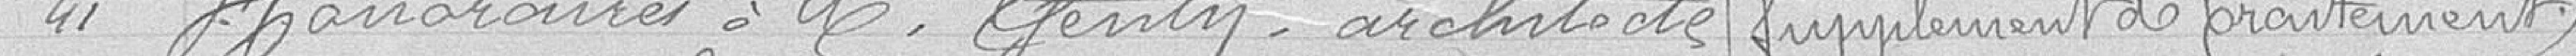
41 Honoraires à M. Genty architecte / Supplément de traitement /